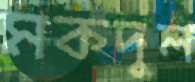
মকদুল